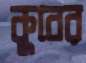
কুবের